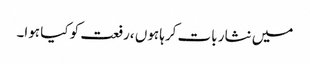
میں نثار بات کرہا ہوں ،رفعت کو کیا ہوا۔